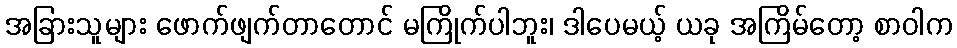
အခြားသူများ ဖောက်ဖျက်တာတောင် မကြိုက်ပါဘူး၊ ဒါပေမယ့် ယခု အကြိမ်တော့ စာဝါက